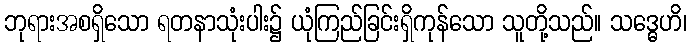
ဘုရားအစရှိသော ရတနာသုံးပါး၌ ယုံကြည်ခြင်းရှိကုန်သော သူတို့သည်။ သဒ္ဓေဟိ၊